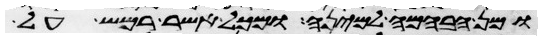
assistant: ומן הבהמה למינה ומכל אשר רמש על